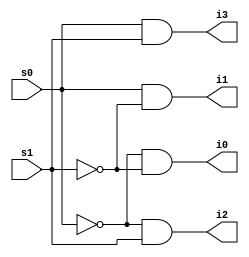
module Decoder2To4 (s0,s1,i0,i1,i2,i3) ;

input s0,s1 ;
output i0,i1,i2,i3 ;

wire nots0 ,nots1 ;

not (nots0,s0) ;
not (nots1,s1);

and g1(i0,nots0 ,nots1);
and g2(i1,s0,nots1);
and g3(i2,nots0,s1);
and g4(i3,s0,s1);

endmodule